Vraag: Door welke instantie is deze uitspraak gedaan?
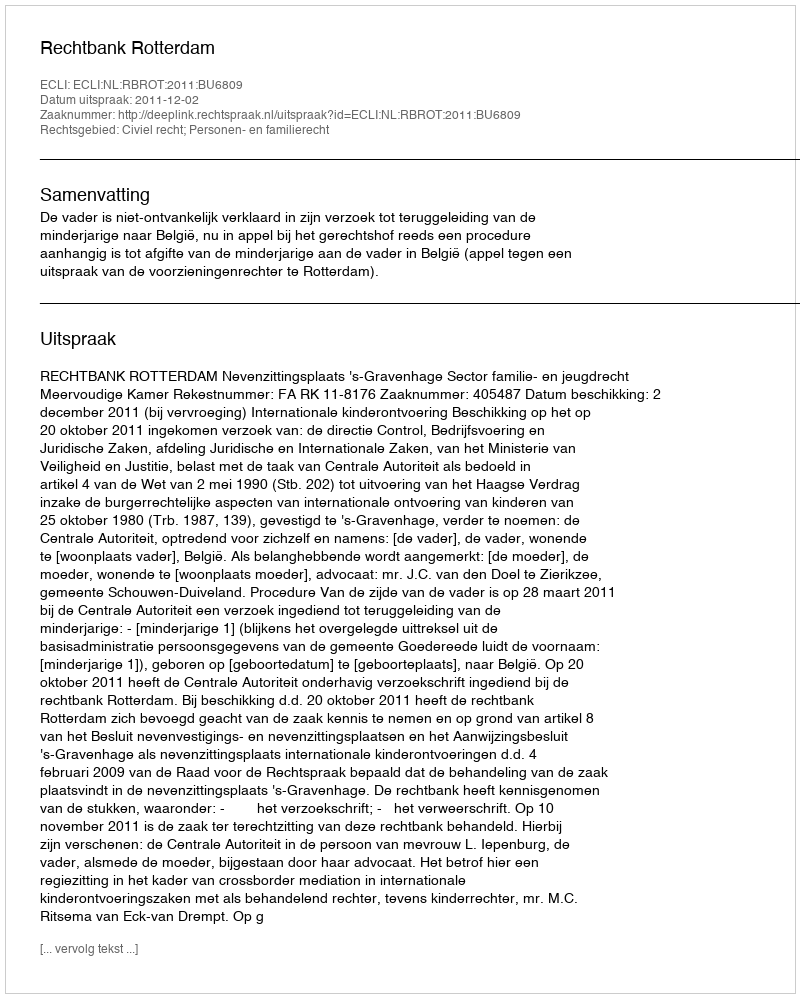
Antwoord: Rechtbank Rotterdam